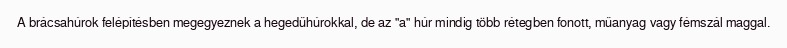
A brácsahúrok felépítésben megegyeznek a hegedűhúrokkal, de az "a" húr mindig több rétegben fonott, műanyag vagy fémszál maggal.